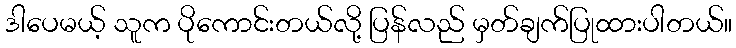
ဒါပေမယ့် သူက ပိုကောင်းတယ်လို့ ပြန်လည် မှတ်ချက်ပြုထားပါတယ်။